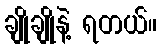
ချိုချိုနဲ့ ရတယ်။